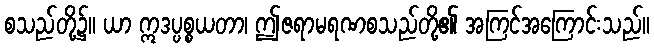
စသည်တို့၌။ ယာ ဣဒပ္ပစ္စယတာ၊ ဤဇရာမရဏစသည်တို့၏ အကြင်အကြောင်းသည်။